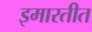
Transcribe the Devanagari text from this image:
इमारतीत